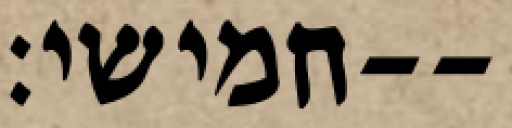
חמישי׃--